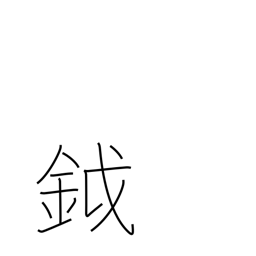
Meaning: battleaxe